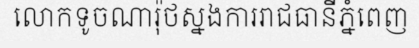
លោកទូចណារ៉ុថស្នងការរាជធានីភ្នំពេញ